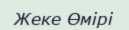
Жеке Өмірі